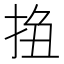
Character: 𢬆